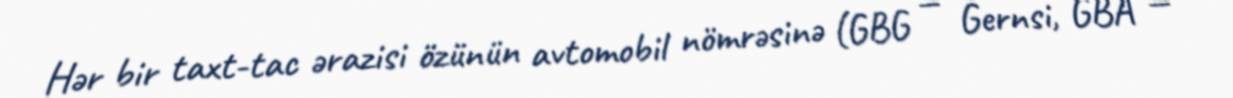
Hər bir taxt-tac ərazisi özünün avtomobil nömrəsinə (GBG — Gernsi, GBA —